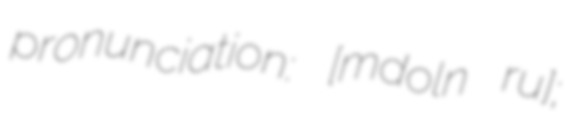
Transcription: pronunciation: [ˈmɒɡdolnɒ ˈruːʒɒ];